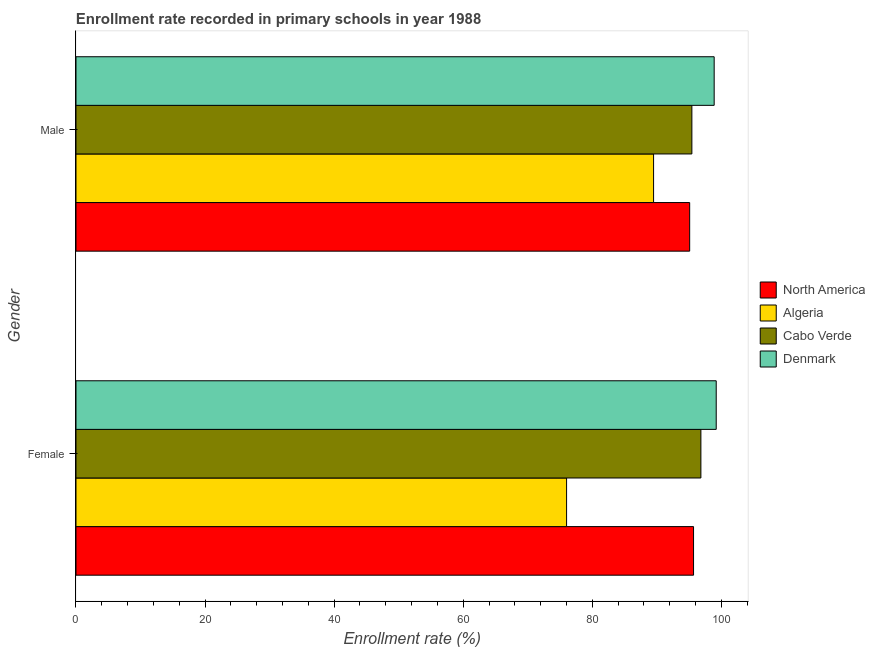
| Gender | North America | Algeria | Cabo Verde | Denmark |
 | --- | --- | --- | --- | --- |
 | Female | 95.7 | 76 | 96.8 | 99.2 |
 | Male | 95.1 | 89.5 | 95.4 | 98.9 |